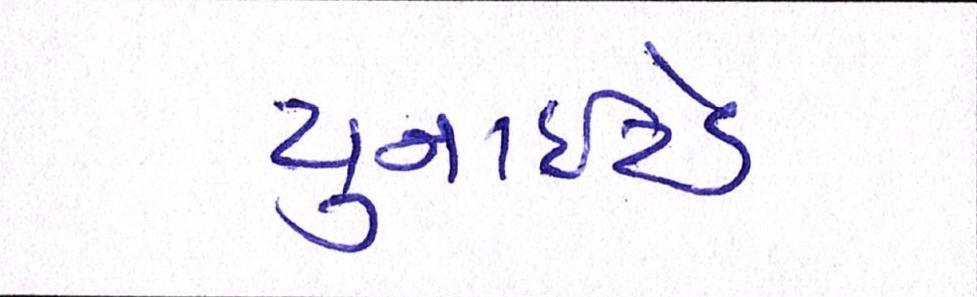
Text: યુનાઈટેડ